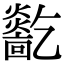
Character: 𤑓